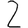
Digit: 2